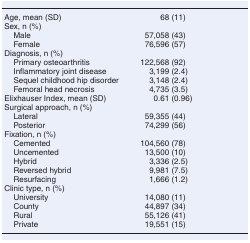
<table><thead><tr><td><b>Age, mean (SD)</b></td><td><b>68 (11)</b></td></tr></thead><tbody><tr><td colspan="2">Sex, n (%)</td></tr><tr><td> Male</td><td>57,058 (43)</td></tr><tr><td> Female</td><td>76,596 (57)</td></tr><tr><td colspan="2">Diagnosis, n (%)</td></tr><tr><td> Primary osteoarthritis</td><td>122,568 (92)</td></tr><tr><td> Inflammatory joint disease</td><td>3,199 (2.4)</td></tr><tr><td> Sequel childhood hip disorder</td><td>3,148 (2.4)</td></tr><tr><td> Femoral head necrosis</td><td>4,735 (3.5)</td></tr><tr><td>Elixhauser Index, mean (SD)</td><td>0.61 (0.96)</td></tr><tr><td colspan="2">Surgical approach, n (%)</td></tr><tr><td> Lateral</td><td>59,355 (44)</td></tr><tr><td> Posterior</td><td>74,299 (56)</td></tr><tr><td colspan="2">Fixation, n (%)</td></tr><tr><td> Cemented</td><td>104,560 (78)</td></tr><tr><td> Uncemented</td><td>13,500 (10)</td></tr><tr><td> Hybrid</td><td>3,336 (2.5)</td></tr><tr><td> Reversed hybrid</td><td>9,981 (7.5)</td></tr><tr><td> Resurfacing</td><td>1,666 (1.2)</td></tr><tr><td colspan="2">Clinic type, n (%)</td></tr><tr><td> University</td><td>14,080 (11)</td></tr><tr><td> County</td><td>44,897 (34)</td></tr><tr><td> Rural</td><td>55,126 (41)</td></tr><tr><td> Private</td><td>19,551 (15)</td></tr></tbody></table>